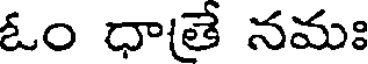
ఓం ధాతే నమః